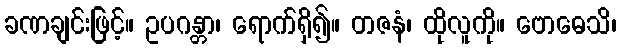
ခဏချင်းဖြင့်။ ဥပဂန္တာ၊ ရောက်ရှိ၍။ တဇနံ၊ ထိုလူကို။ ဗောဓေသိ၊